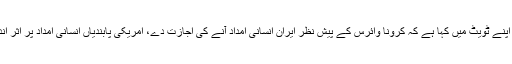
ایلس ویلز نے اپنے ٹویٹ میں کہا ہے کہ کرونا وائرس کے پیش نظر ایران انسانی امداد آنے کی اجازت دے، امریکی پابندیاں انسانی امداد پر اثر انداز نہیں ہوتیں۔